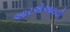
આરએઆઇડી